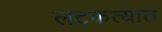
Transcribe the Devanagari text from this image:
लटकत्यात